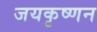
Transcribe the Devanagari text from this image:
जयकृष्णन